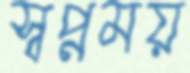
স্বপ্নময়